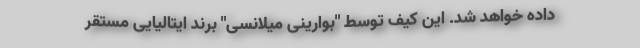
داده خواهد شد. این کیف توسط "بوارینی میلانسی" برند ایتالیایی مستقر